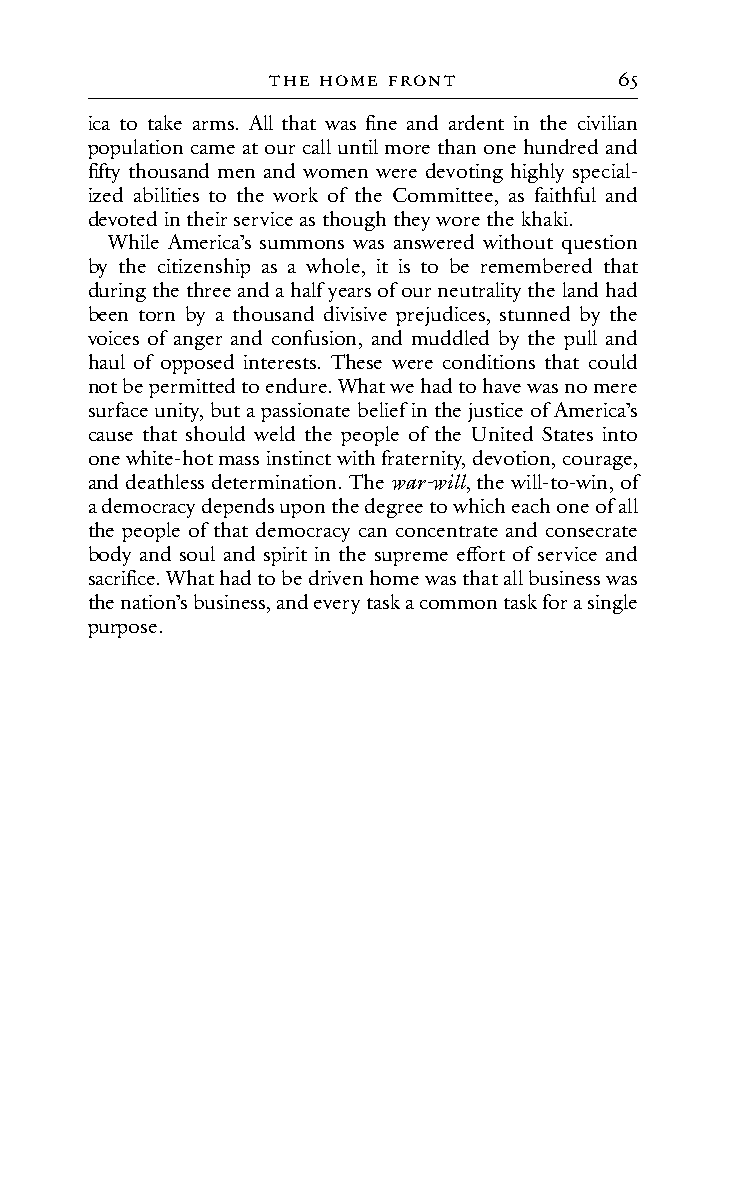
tHe HoMe f Ront        65
 ica to take arms. All that was fine and ardent in the civilian
 population came at our call until more than one hundred and
 fifty thousand men and women were devoting highly special-
 ized abilities to the work of the Committee, as faithful and
 devoted in their service as though they wore the khaki.
 While America’s summons was answered without question
 by the citizenship as a whole, it is to be remembered that
 during the three and a half years of our neutrality the land had
 been torn by a thousand divisive prejudices, stunned by the
 voices of anger and confusion, and muddled by the pull and
 haul of opposed interests. These were conditions that could
 not be permitted to endure. What we had to have was no mere
 surface unity, but a passionate belief in the justice of America’s
 cause that should weld the people of the United States into
 one white-hot mass instinct with fraternity, devotion, courage,
 and deathless determination. The war-will, the will-to-win, of
 a democracy depends upon the degree to which each one of all
 the people of that democracy can concentrate and consecrate
 body and soul and spirit in the supreme effort of service and
 sacrifice. What had to be driven home was that all business was
 the nation’s business, and every task a common task for a single
 purpose.